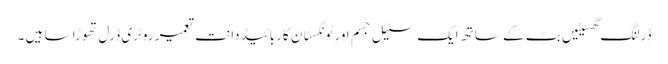
ڈرلنگ گھسیٹیں بٹ کے ساتھ ایک سٹیل جسم اور ٹونگسٹان کاربائیڈ دانت تعمیر روٹری ڈرل تھوڑا سا ہیں ۔